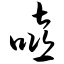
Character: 嘻